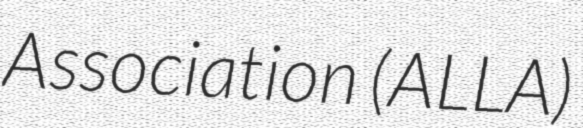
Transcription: Association (ALLA)